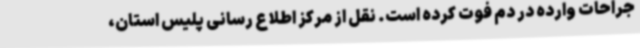
جراحات وارده در دم فوت کرده است. نقل از مرکز اطلاع رسانی پلیس استان،